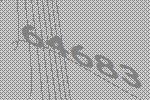
64683